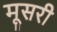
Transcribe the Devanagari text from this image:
मूसरी